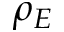
\rho _ { E }